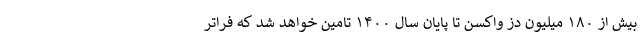
بیش از ۱۸۰ میلیون دز واکسن تا پایان سال ۱۴۰۰ تامین خواهد شد که فراتر